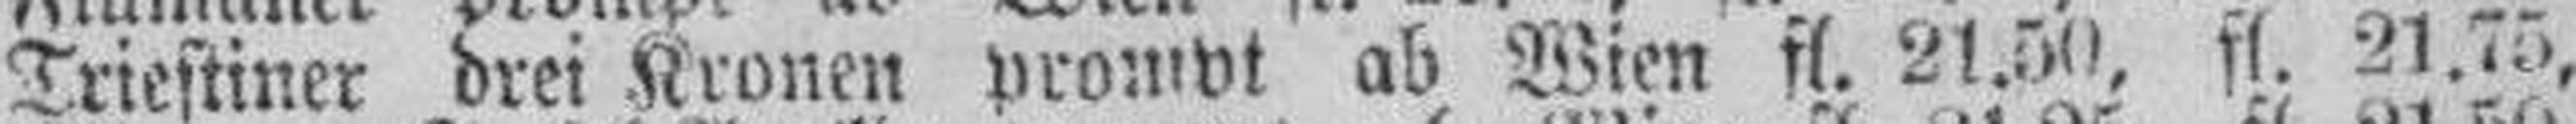
Triestiner drei Kronen prompt ab Wien fl. 21.50, fl 21.75,